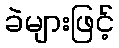
ခဲများဖြင့်